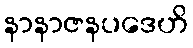
နာနာဇနပဒေဟိ